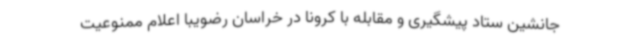
جانشین ستاد پیشگیری و مقابله با کرونا در خراسان رضویبا اعلام ممنوعیت